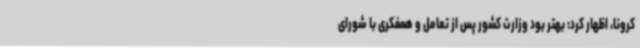
کرونا، اظهار کرد: بهتر بود وزارت کشور پس از تعامل و همفکری با شورای